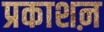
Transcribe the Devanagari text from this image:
प्रकाशऩ